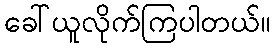
ခေါ်ယူလိုက်ကြပါတယ်။